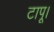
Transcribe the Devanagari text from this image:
टापू।